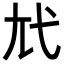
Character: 𢍽